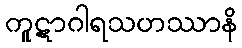
ကူဋာဂါရသဟဿာနိ